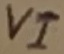
Text: VI